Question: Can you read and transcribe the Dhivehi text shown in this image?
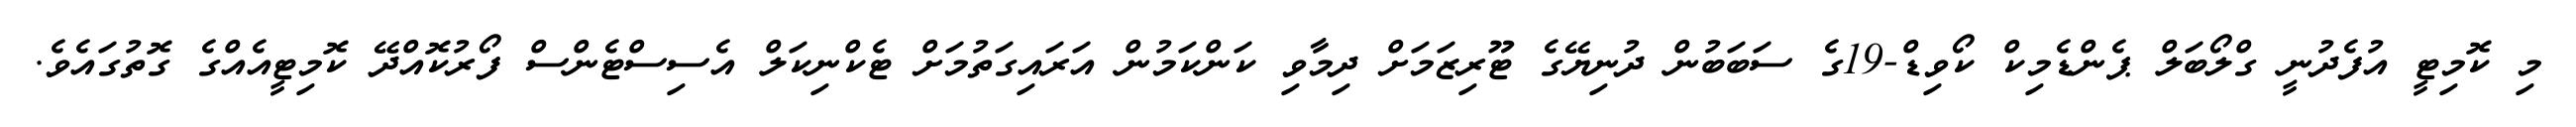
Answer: މި ކޮމިޓީ އުފެދުނީ ގްލޯބަލް ޕެންޑެމިކް ކޯވިޑް-19ގެ ސަބަބުން ދުނިޔޭގެ ޓޫރިޒަމަށް ދިމާވި ކަންކަމުން އަރައިގަތުމަށް ޓެކްނިކަލް އެސިސްޓެންސް ފޯރުކޮއްދޭ ކޮމިޓީއެއްގެ ގޮތުގައެވެ.